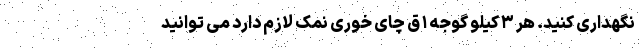
نگهداری کنید. هر ۳ کیلو گوجه ۱ ق چای خوری نمک لازم دارد می توانید